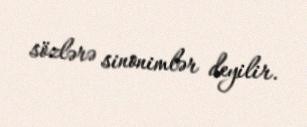
sözlərə sinonimlər deyilir.